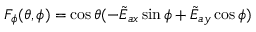
F _ { \phi } ( \theta , \phi ) = \cos \theta ( - \tilde { E } _ { a x } \sin \phi + \tilde { E } _ { a y } \cos \phi )